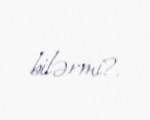
bilərmi?.